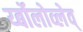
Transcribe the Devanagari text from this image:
र्य्बोलोव्लेव्